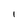
Character: 1